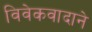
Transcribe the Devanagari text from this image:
विवेकवादाने